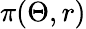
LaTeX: \pi(\Theta,r)